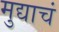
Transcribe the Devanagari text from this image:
मुद्याचं